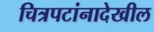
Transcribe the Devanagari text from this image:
चित्रपटांनादेखील